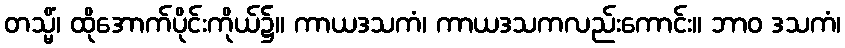
တသ္မိံ၊ ထိုအောက်ပိုင်းကိုယ်၌။ ကာယဒသကံ၊ ကာယဒသကလည်းကောင်း။ ဘာဝ ဒသကံ၊